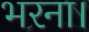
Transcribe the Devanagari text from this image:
भरना।